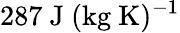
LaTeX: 287~\mathrm{J~(kg~K)^{-1}}